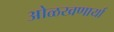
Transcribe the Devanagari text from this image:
ओळखणार्या